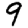
Digit: 9